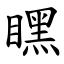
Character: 䁫